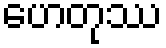
ဟေတုဿ